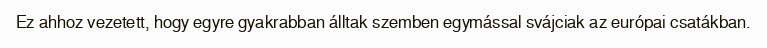
Ez ahhoz vezetett, hogy egyre gyakrabban álltak szemben egymással svájciak az európai csatákban.